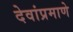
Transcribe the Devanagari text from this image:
देवांप्रमाणे